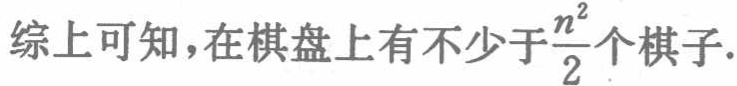
综上可知，在棋盘上有不少于$\frac{n^{2}}{2}$个棋子.